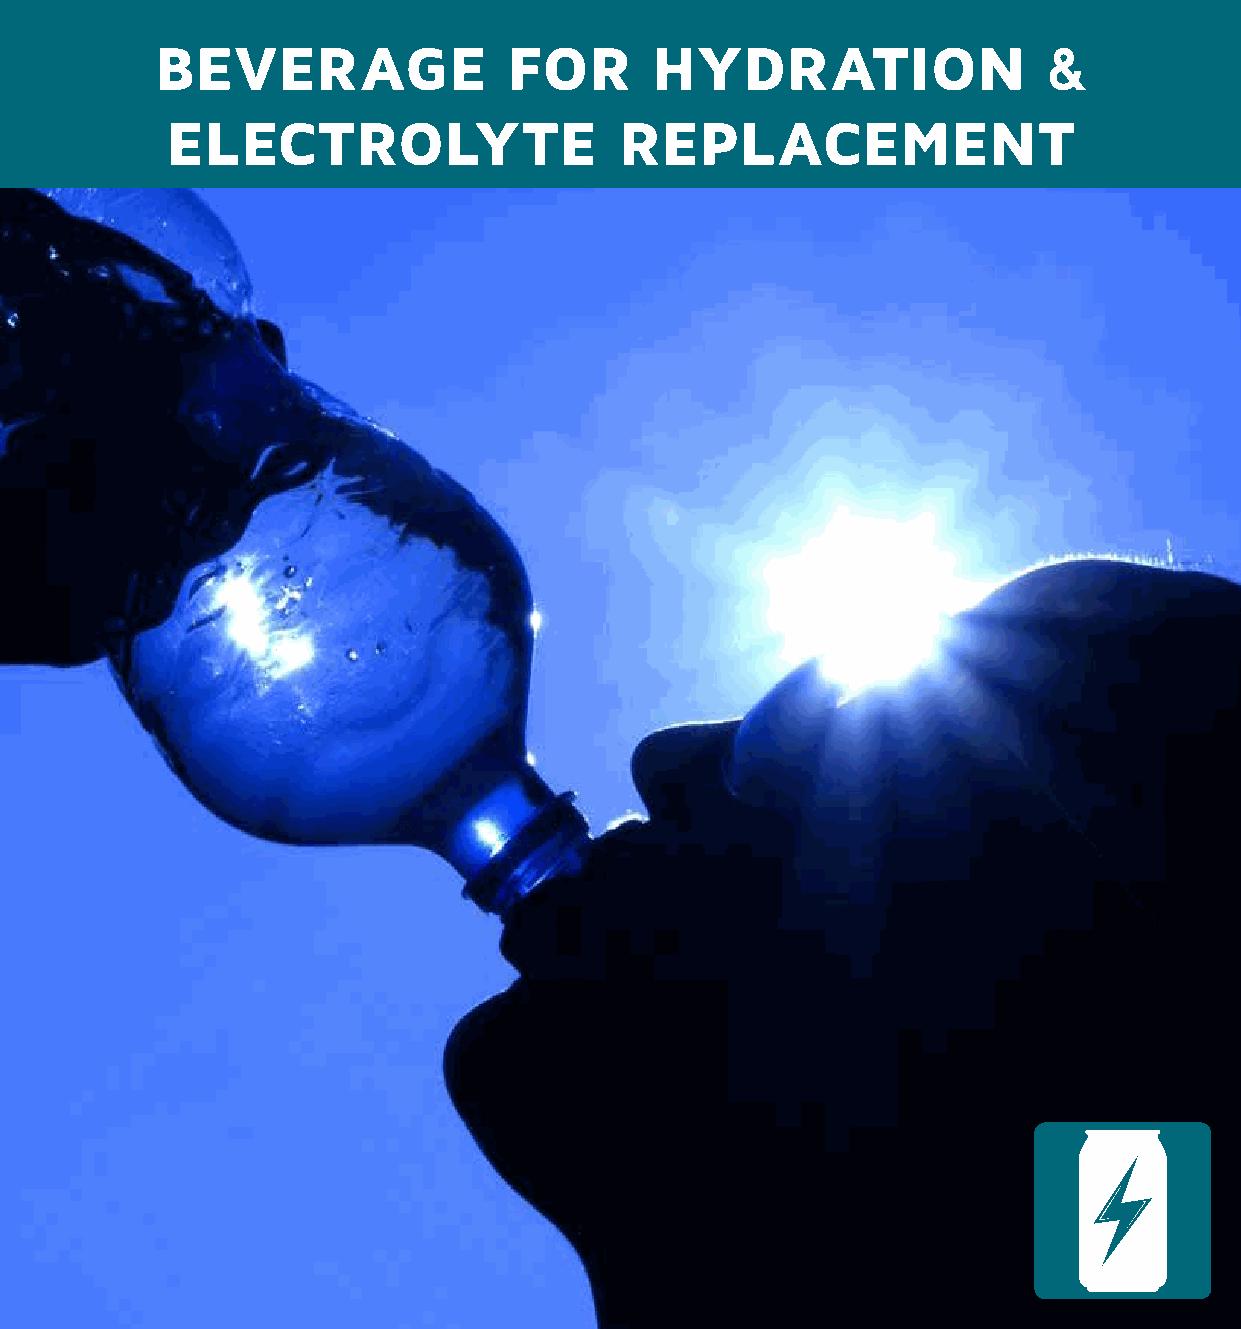
BEVERAGE                FOR      HYDRATION                 &
 ELECTROLYTE                   REPLACEMENT